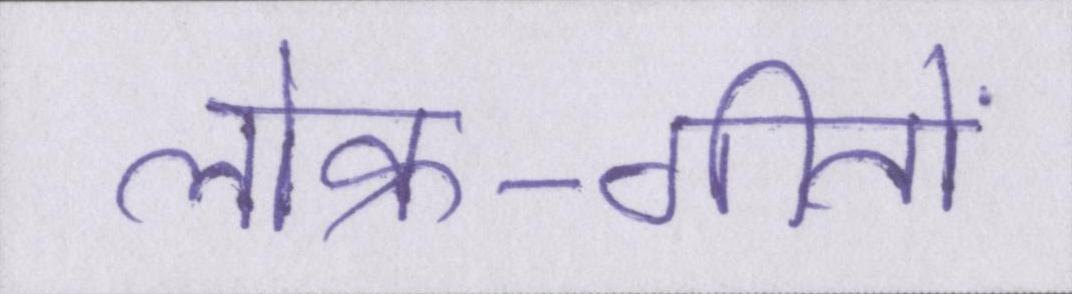
लोक-गीतों